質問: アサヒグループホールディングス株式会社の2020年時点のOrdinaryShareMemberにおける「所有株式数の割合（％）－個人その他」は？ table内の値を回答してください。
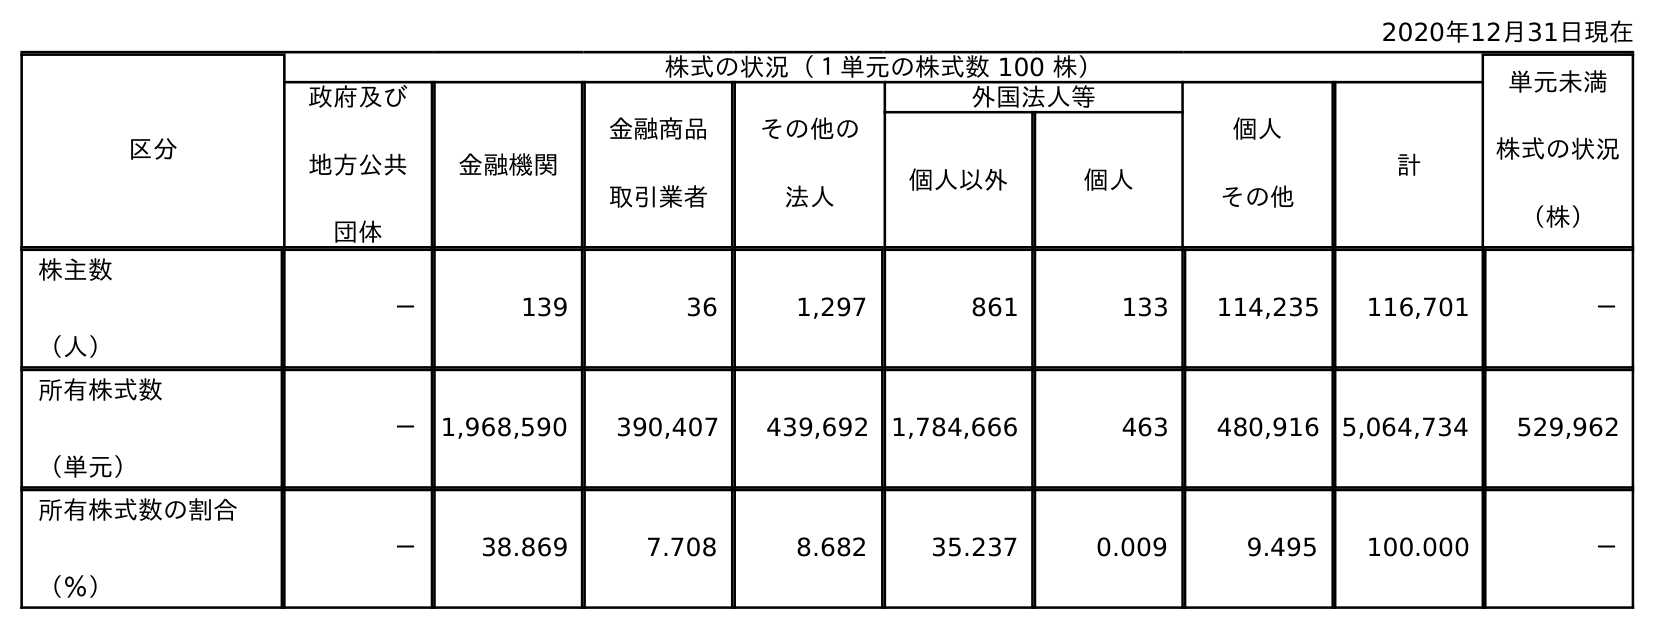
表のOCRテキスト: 2020年12月31日現在 区分 株式の状況（１単元の株式数 100 株） 単元未満 株式の状況 （株） 政府及び 地方公共 団体 金融機関 金融商品 取引業者 その他の 法人 外国法人等 個人 その他 計 個人以外 個人 株主数 （人） － 139 36 1,297 861 133 114,235 116,701 － 所有株式数 （単元） － 1,968,590 390,407 439,692 1,784,666 463 480,916 5,064,734 529,962 所有株式数の割合 （％） － 38.869 7.708 8.682 35.237 0.009 9.495 100.000 －
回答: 9.495